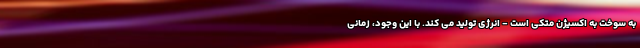
به سوخت به اکسیژن متکی است - انرژی تولید می کند. با این وجود، زمانی